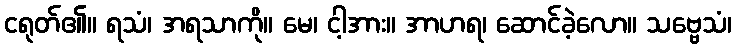
ငရုတ်၏။ ရသံ၊ အရသာကို။ မေ၊ ငါ့အား။ အာဟရ၊ ဆောင်ခဲ့လော။ သဗ္ဗေသံ၊